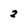
Character: 2